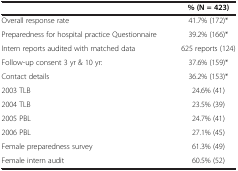
<table><thead><tr><td><b> </b></td><td><b>% (N = 423)</b></td></tr></thead><tbody><tr><td>Overall response rate</td><td>41.7% (172)*</td></tr><tr><td>Preparedness for hospital practice Questionnaire</td><td>39.2% (166)*</td></tr><tr><td>Intern reports audited with matched data</td><td>625 reports (124)</td></tr><tr><td>Follow-up consent 3 yr &amp; 10 yr:</td><td>37.6% (159)*</td></tr><tr><td>Contact details</td><td>36.2% (153)*</td></tr><tr><td>2003 TLB</td><td>24.6% (41)</td></tr><tr><td>2004 TLB</td><td>23.5% (39)</td></tr><tr><td>2005 PBL</td><td>24.7% (41)</td></tr><tr><td>2006 PBL</td><td>27.1% (45)</td></tr><tr><td>Female preparedness survey</td><td>61.3% (49)</td></tr><tr><td>Female intern audit</td><td>60.5% (52)</td></tr></tbody></table>